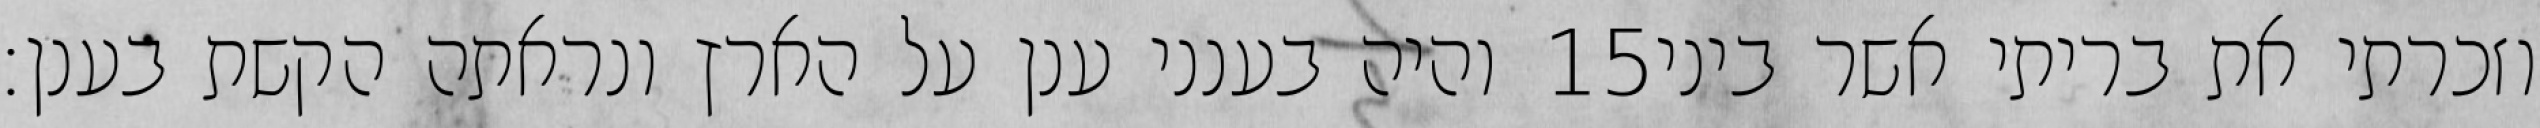
והיה בענני ענן על הארץ ונראתה הקשת בענן׃ ‎15‏ וזכרתי את בריתי אשר ביני